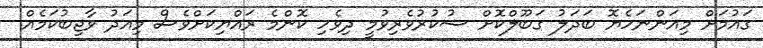
ގައުމަށް މިއަންނަހެޔޮ ބަދަލު ގަބޫލްކޮށް ޝުކުރުވެރިވުމީ ދިވެހި ކޮންމެ ރައްޔިކަށްވެސް މިއަދު ވާޖިބުކަމެއް.